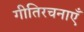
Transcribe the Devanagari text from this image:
गीतिरचनाएँ